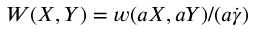
W ( X , Y ) = w ( a X , a Y ) / ( a \dot { \gamma } )